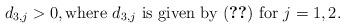
LaTeX: \begin{align*} d_{3,j}>0, \mbox{where $d_{3,j}$ is given by (\ref{dc1}) for $j=1,2$}.\end{align*}